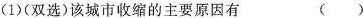
(1)(双选)该城市收缩的主要原因有 ()